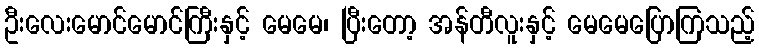
ဦးလေးမောင်မောင်ကြီးနှင့် မေမေ၊ ပြီးတော့ အန်တီလူးနှင့် မေမေပြောကြသည့်